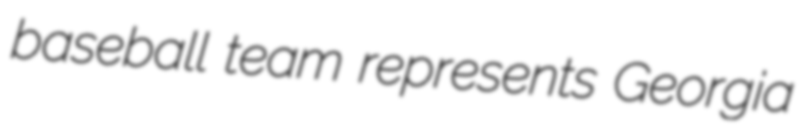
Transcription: baseball team represents Georgia